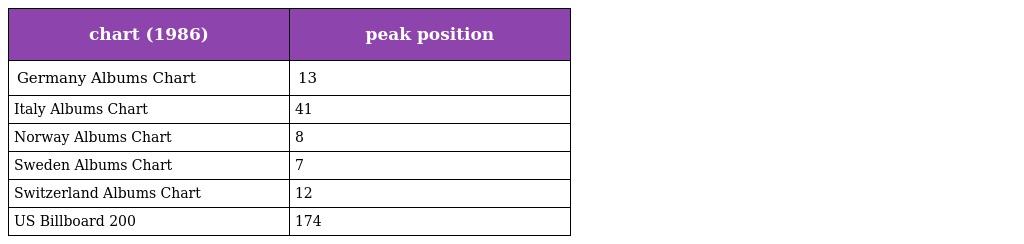
| chart (1986) | peak position |
 | --- | --- |
 | Germany Albums Chart | 13 |
 | Italy Albums Chart | 41 |
 | Norway Albums Chart | 8 |
 | Sweden Albums Chart | 7 |
 | Switzerland Albums Chart | 12 |
 | US Billboard 200 | 174 |